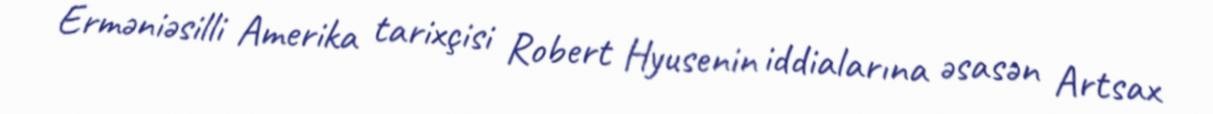
Erməniəsilli Amerika tarixçisi Robert Hyusenin iddialarına əsasən Artsax